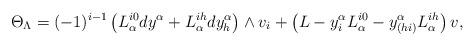
LaTeX: \begin{align*}\Theta _{\Lambda }=(-1)^{i-1}\left( L_{\alpha }^{i0}dy^{\alpha }+L_{\alpha }^{ih}dy_{h}^{\alpha }\right) \wedge v_{i}+\left( L-y_{i}^{\alpha }L_{\alpha }^{i0}-y_{(hi)}^{\alpha }L_{\alpha }^{ih}\right) v, \end{align*}